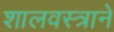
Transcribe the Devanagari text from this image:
शालवस्त्रानें